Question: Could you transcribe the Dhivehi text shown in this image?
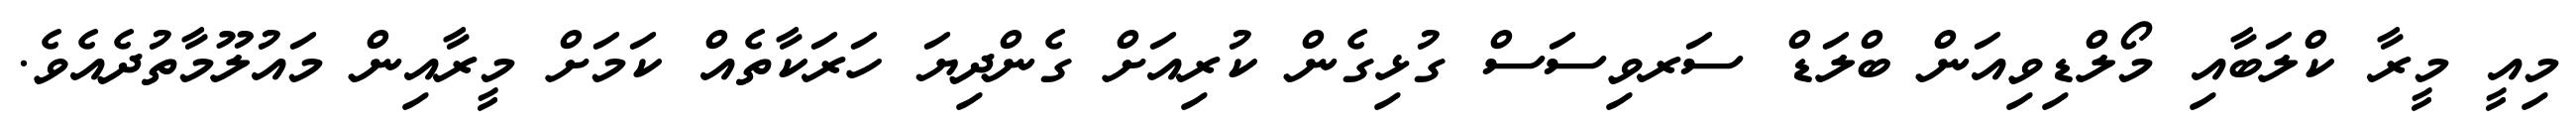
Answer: މިއީ މީރާ ކްލަބާއި މޯލްޑިވިއަން ބްލަޑް ސަރވިސަސް ގުޅިގެން ކުރިއަށް ގެންދިޔަ ހަރަކާތެއް ކަމަށް މީރާއިން މައުލޫމާތުދެއެވެ.